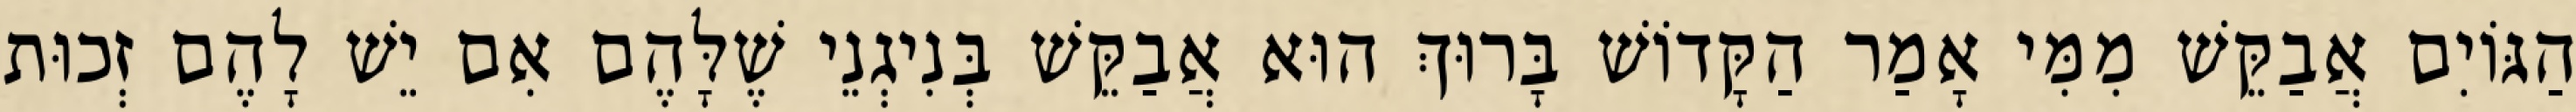
הַגּוֹיִם אֲבַקֵּשׁ מִמִּי אָמַר הַקָּדוֹשׁ בָּרוּךְ הוּא אֲבַקֵּשׁ בְּנִיגְנֵי שֶׁלָּהֶם אִם יֵשׁ לָהֶם זְכוּת